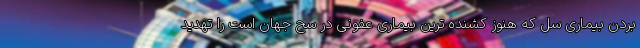
بردن بیماری سل که هنوز کشنده ترین بیماری عفونی در سح جهان است را تهدید